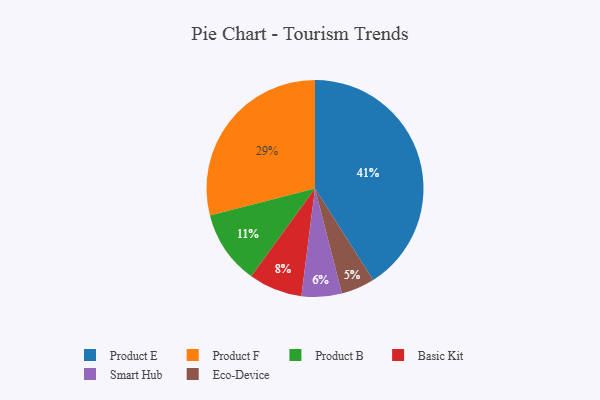
{"axis": {"x": "Category", "y": "Percentage"}, "legend": ["Basic Kit", "Eco-Device", "Product B", "Product E", "Product F", "Smart Hub"], "data": [{"x": "Product E", "y": 41, "type": "Product E"}, {"x": "Basic Kit", "y": 8, "type": "Basic Kit"}, {"x": "Product B", "y": 11, "type": "Product B"}, {"x": "Eco-Device", "y": 5, "type": "Eco-Device"}, {"x": "Smart Hub", "y": 6, "type": "Smart Hub"}, {"x": "Product F", "y": 29, "type": "Product F"}]}